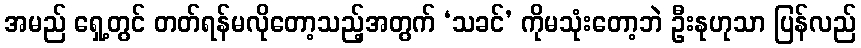
အမည် ရှေ့တွင် တတ်ရန်မလိုတော့သည့်အတွက် ‘သခင်’ ကိုမသုံးတော့ဘဲ ဦးနုဟုသာ ပြန်လည်